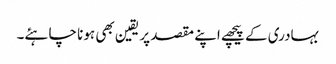
بہادری کے پیچھے اپنے مقصد پر یقین بھی ہونا چاہئے۔